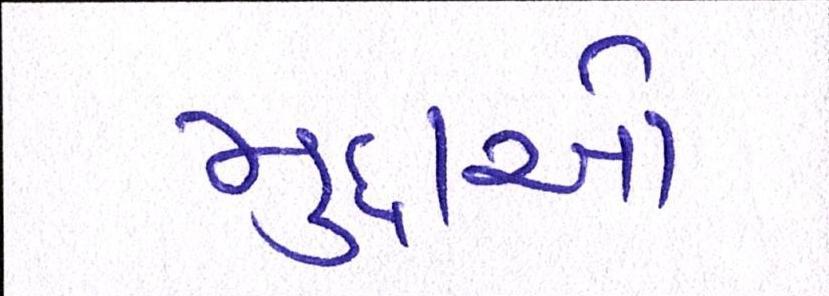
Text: મુદ્દાઓ